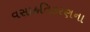
વસાહતિકરણના